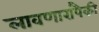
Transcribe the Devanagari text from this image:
लावणारांपैकी